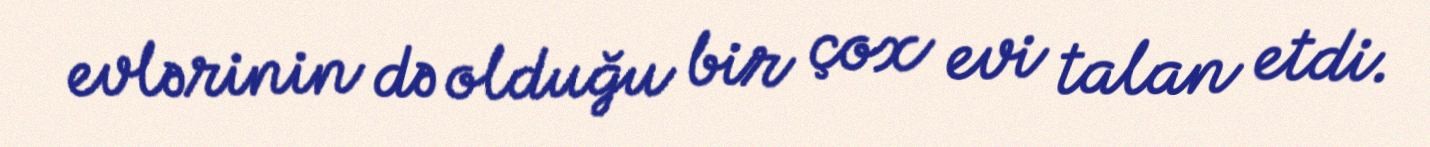
evlərinin də olduğu bir çox evi talan etdi.